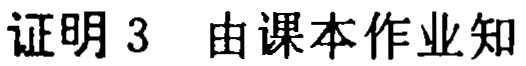
证明 3 由课本作业知